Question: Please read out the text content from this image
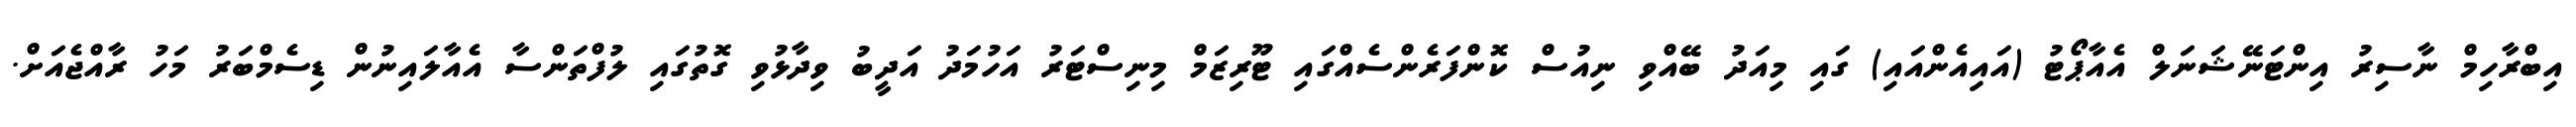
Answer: އިބްރާހިމް ނާސިރު އިންޓަނޭޝަނަލް އެއާޕޯޓު (އައިއެންއައި) ގައި މިއަދު ބޭއްވި ނިއުސް ކޮންފަރެންސެއްގައި ޓޫރިޒަމް މިނިސްޓަރު އަހުމަދު އަދީބު ވިދާޅުވި ގޮތުގައި ލުފްތަންސާ އެއާލައިނުން ޑިސެމްބަރު މަހު ރާއްޖެއަށް.